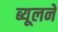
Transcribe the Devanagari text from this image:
ब्यूलने